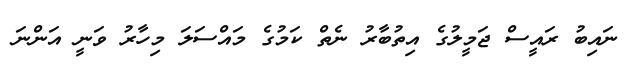
ނައިބު ރައީސް ޖަމީލުގެ އިތުބާރު ނެތް ކަމުގެ މައްސަލަ މިހާރު ވަނީ އަންނަ